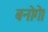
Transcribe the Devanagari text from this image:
बनोगे।